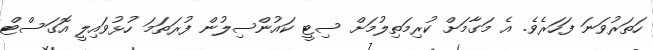
ހަތަރުވަނަ ފަހަރެވެ. އެ މަގާމަށް ކުރިމަތިލުމަށް ސިޓީ ކައުންސިލުން ފުރަތަމަ ހުޅުވައިލީ އޮގަސްޓް